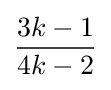
{\frac {3k-1}{4k-2}}